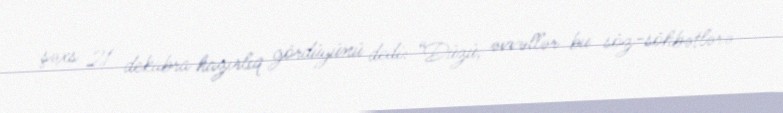
şəxs 21 dekabra hazırlıq gördüyünü dedi: “Düzü, əvvəllər bu söz-söhbətlərə